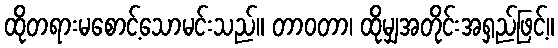
ထိုတရားမစောင့်သောမင်းသည်။ တာဝတာ၊ ထိုမျှအတိုင်းအရှည်ဖြင့်။